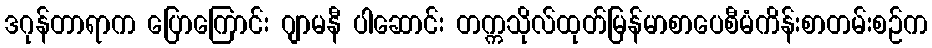
ဒဂုန်တာရာက ပြောကြောင်း ဂျာမနီ ပါဆောင်း တက္ကသိုလ်ထုတ်မြန်မာစာပေစီမံကိန်းစာတမ်းစဉ်က